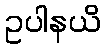
ဥပါနယိ